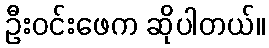
ဦးဝင်းဖေက ဆိုပါတယ်။